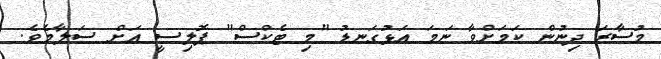
މުސާރަ ދިނުން ކަމަށްވާ ނަމަ އަޅުގަނޑު "މި ޓެކްސް" ޕޮލިސީ އަށް ސަލާމެވެ.